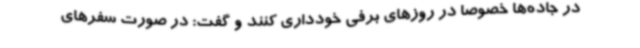
در جاده‌ها خصوصا در روزهای برفی خودداری کنند و گفت: در صورت سفرهای